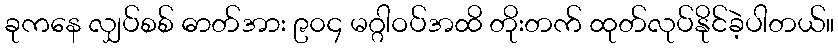
ခုကနေ လျှပ်စစ် ဓာတ်အား ၉၀၄ မဂ္ဂါဝပ်အထိ တိုးတက် ထုတ်လုပ်နိုင်ခဲ့ပါတယ်။